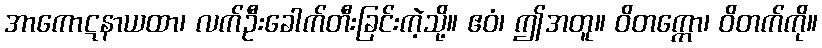
အာကောဋနာယထာ၊ လက်ဦးခေါက်တီးခြင်းကဲ့သို့။ ဧဝံ၊ ဤအတူ။ ဝိတက္ကော၊ ဝိတက်ကို။